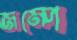
জম্পে